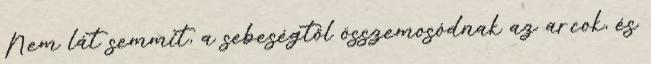
Nem lát semmit, a sebeségtől összemosódnak az arcok, és